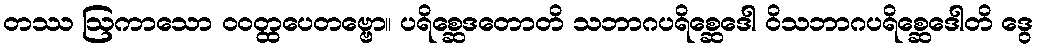
တဿ ဩကာသော ဝဝတ္ထပေတဗ္ဗော။ ပရိစ္ဆေဒတောတိ သဘာဂပရိစ္ဆေဒေါ ဝိသဘာဂပရိစ္ဆေဒေါတိ ဒွေ